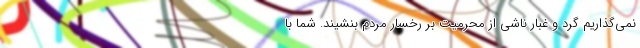
نمی‌گذاریم گرد و غبار ناشی از محرمیت بر رخسار مردم بنشیند. شما با